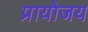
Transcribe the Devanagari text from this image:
प्रायोजय